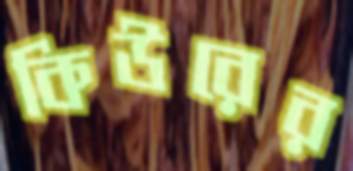
কিউরের